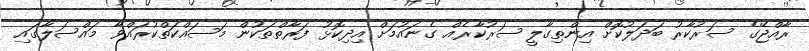
ރާއްޖޭގެ ސަރުކާރު ބަދަލުކޮށް އިންތިގާލީ ސަރުކާރެއް ގެނައުމަށް އިދިކޮޅު ފަރާތްތަކުން މަސައްކަތްކުރައްވާ މައްސަލާގައި